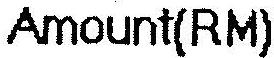
AMOUNT(RM)